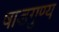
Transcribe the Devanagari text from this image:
षाडगुण्य